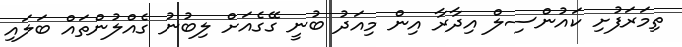
ތިމަރަފުށި ކައުންސިލް އިދާރާ އިން މިއަދު ބުނީ ގޭގެއަށް ލިބުނު ގެއްލުންތައް ބަލައި